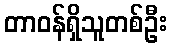
တာဝန်ရှိသူတစ်ဦး